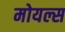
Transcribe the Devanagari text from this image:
मोयल्स